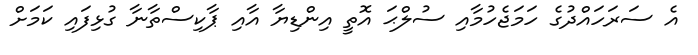
އެ ސަރަހައްދުގެ ހަމަޖެހުމާއި ސުލްޙަ އޮތީ އިންޑިޔާ އާއި ޕާކިސްތާނާ ގުޅިފައި ކަމަށް